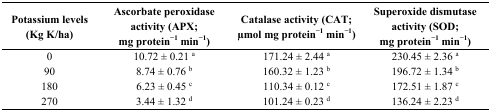
<table><thead><tr><td><b>Potassium levels (Kg K/ha)</b></td><td><b>Ascorbate peroxidase activity (APX; mg protein<sup>−1</sup> min<sup>−1</sup>)</b></td><td><b>Catalase activity (CAT; μmol mg protein<sup>−1</sup> min<sup>−1</sup>)</b></td><td><b>Superoxide dismutase activity (SOD; mg protein<sup>−1</sup> min<sup>−1</sup>)</b></td></tr></thead><tbody><tr><td>0</td><td>10.72 ± 0.21 <sup>a</sup></td><td>171.24 ± 2.44 <sup>a</sup></td><td>230.45 ± 2.36 <sup>a</sup></td></tr><tr><td>90</td><td>8.74 ± 0.76 <sup>b</sup></td><td>160.32 ± 1.23 <sup>b</sup></td><td>196.72 ± 1.34 <sup>b</sup></td></tr><tr><td>180</td><td>6.23 ± 0.45 <sup>c</sup></td><td>110.34 ± 0.12 <sup>c</sup></td><td>172.51 ± 1.87 <sup>c</sup></td></tr><tr><td>270</td><td>3.44 ± 1.32 <sup>d</sup></td><td>101.24 ± 0.23 <sup>d</sup></td><td>136.24 ± 2.23 <sup>d</sup></td></tr></tbody></table>